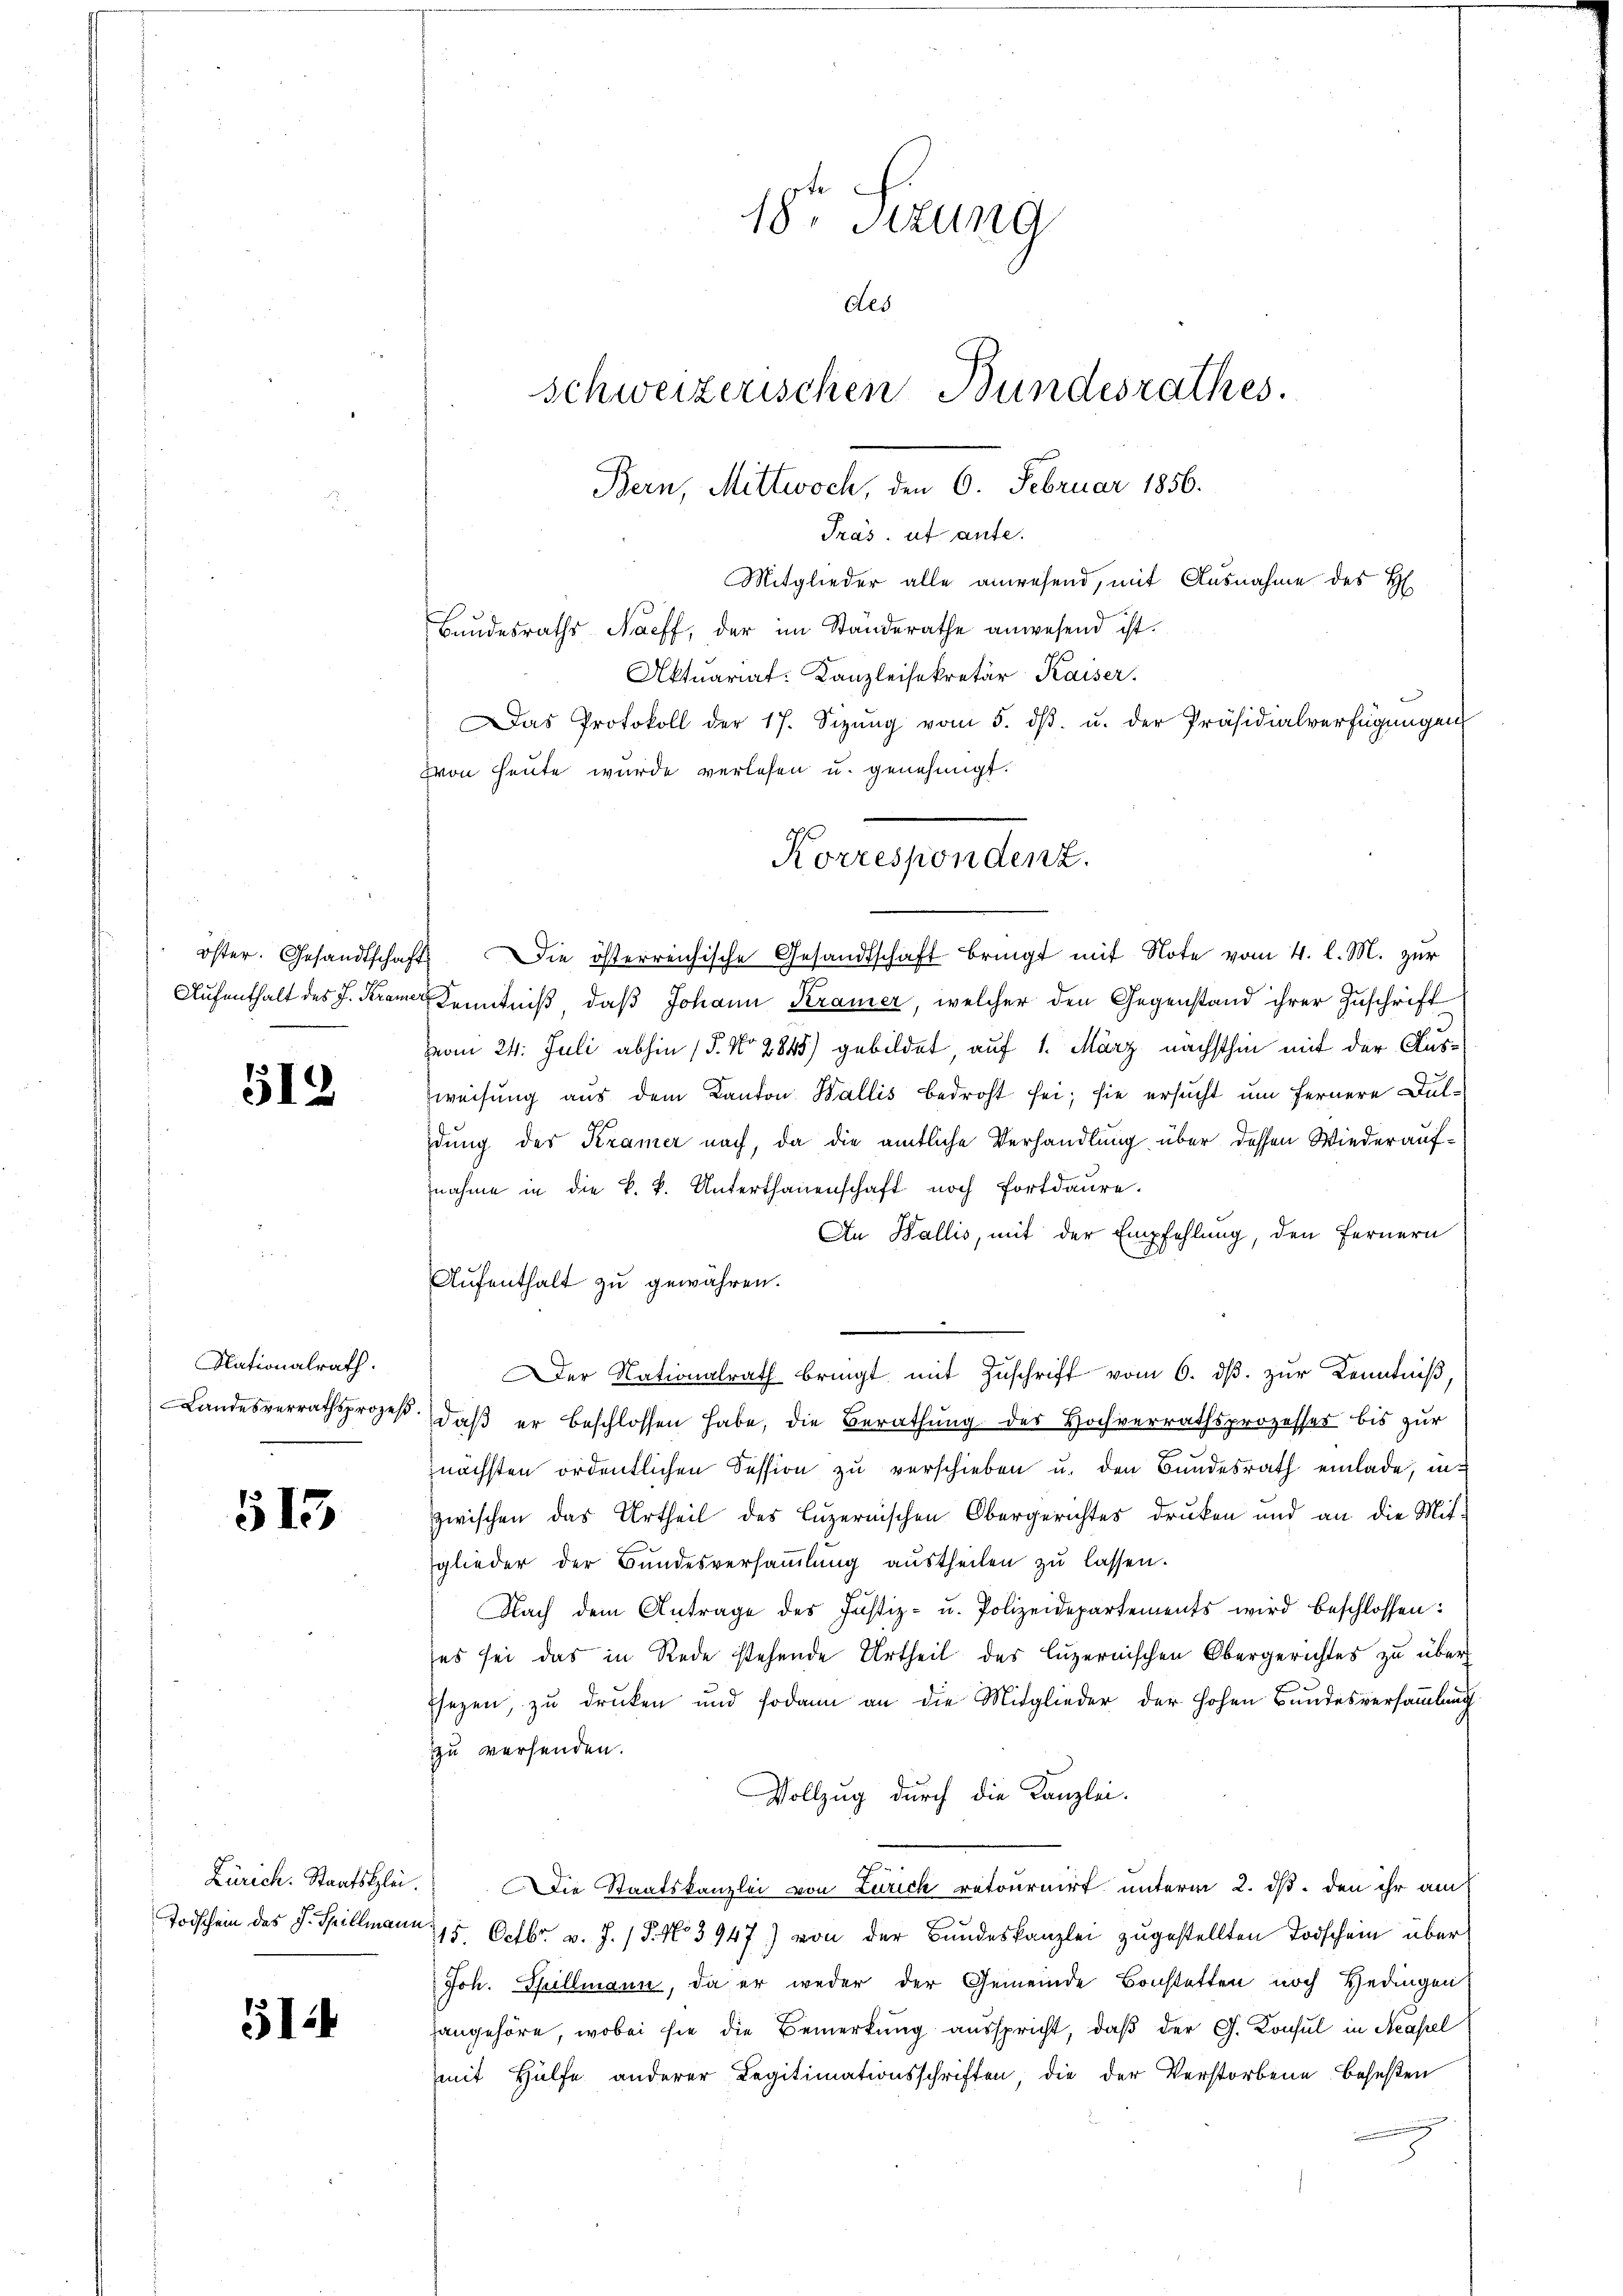
öster. Gesandtschaft
Aufenthalt des J. Kramer

512

Nationalrath.
Landesverrathsprozeß.

513

Zürich. Staatsklei¬
Todschein des J. Spillmann

5124

18 Fezung
des
schweizerischen Bundesrathes.
Bern, Mittwoch, den 6. Februar 1856.
Tras, ut ante.
Mitglieder alle anwesend, mit Ausnahme des H
Bundesraths Naeff, der im Standerathe anwesend ist.
Aktuariat-Kanzleisekretär Kaiser.
Das Protokoll der 17. Sizŭng vom 5. dβ. u. der Präsidialverfügŭngen
von heute wurde verlesen u. genehmigt.

Die österreichische Gesandtschaft bringt mit Note vom 4. l. M. zur
Kenntniß, daß Johann Kramer, welcher den Gegenstand ihrer Zuschrift
vom 24. Juli abhin (§. No. 2845) gebildet, auf 1. März nächsthin mit der Ausweisung aus dem Kanton Wallis bedroht sei; sie ersucht um fernere Duldung des Kramer nach, da die amtliche Verhandlung über dessen Wiederaufnahme in die k. k. Unterthanenschaft noch fortdaure.
An Wallis, mit der Empfehlung, den Fernern
Aufenthalt zu gewähren.
er Nationalrath bringt mit Zuschrift vom 6. dβ. zur Kenntniß,
daβ er beschlossen habe, die Berathŭng der Hochverrathsprozesses bis zŭr
nächsten ordentlichen Session zu verschieben u. den Bundesrath einlade, inzwischen das Urtheil des Luzernischen Obergerichtes drucken und an die Mitglieder der Bundesversaṁlŭng aŭstheilen zŭ lassen.
Nach dem Antrage des Justiz- u. Polizeidepartements wird beschlossen:
es sei das in Rede stehende Urtheil des Luzernischen Obergerichtes zu über
Esezen, zu drucken und sodann an die Mitglieder der hohen Bundesversammlung
zu versenden.
Vollzug durch die Kanzlei-
Die Staatskanzlei von Zürich retournirt unterm 2. ds. den ihr am
15. Octbr. v. J. (T. No 3947) von der Bundeskanzlei zugestellten Todschein über¬
Joh. Spillmann, da er weder der Gemeinde Bonstatten noch Hedingen
hangehöre, wobei sie die Bemerkung ausspricht, daß der G. Konsul in Neapel
mit Hülfe anderer Legitimationsschriften die der Verstorbene besesten

Korrespondenz.